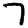
Digit: 7